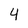
Character: 4